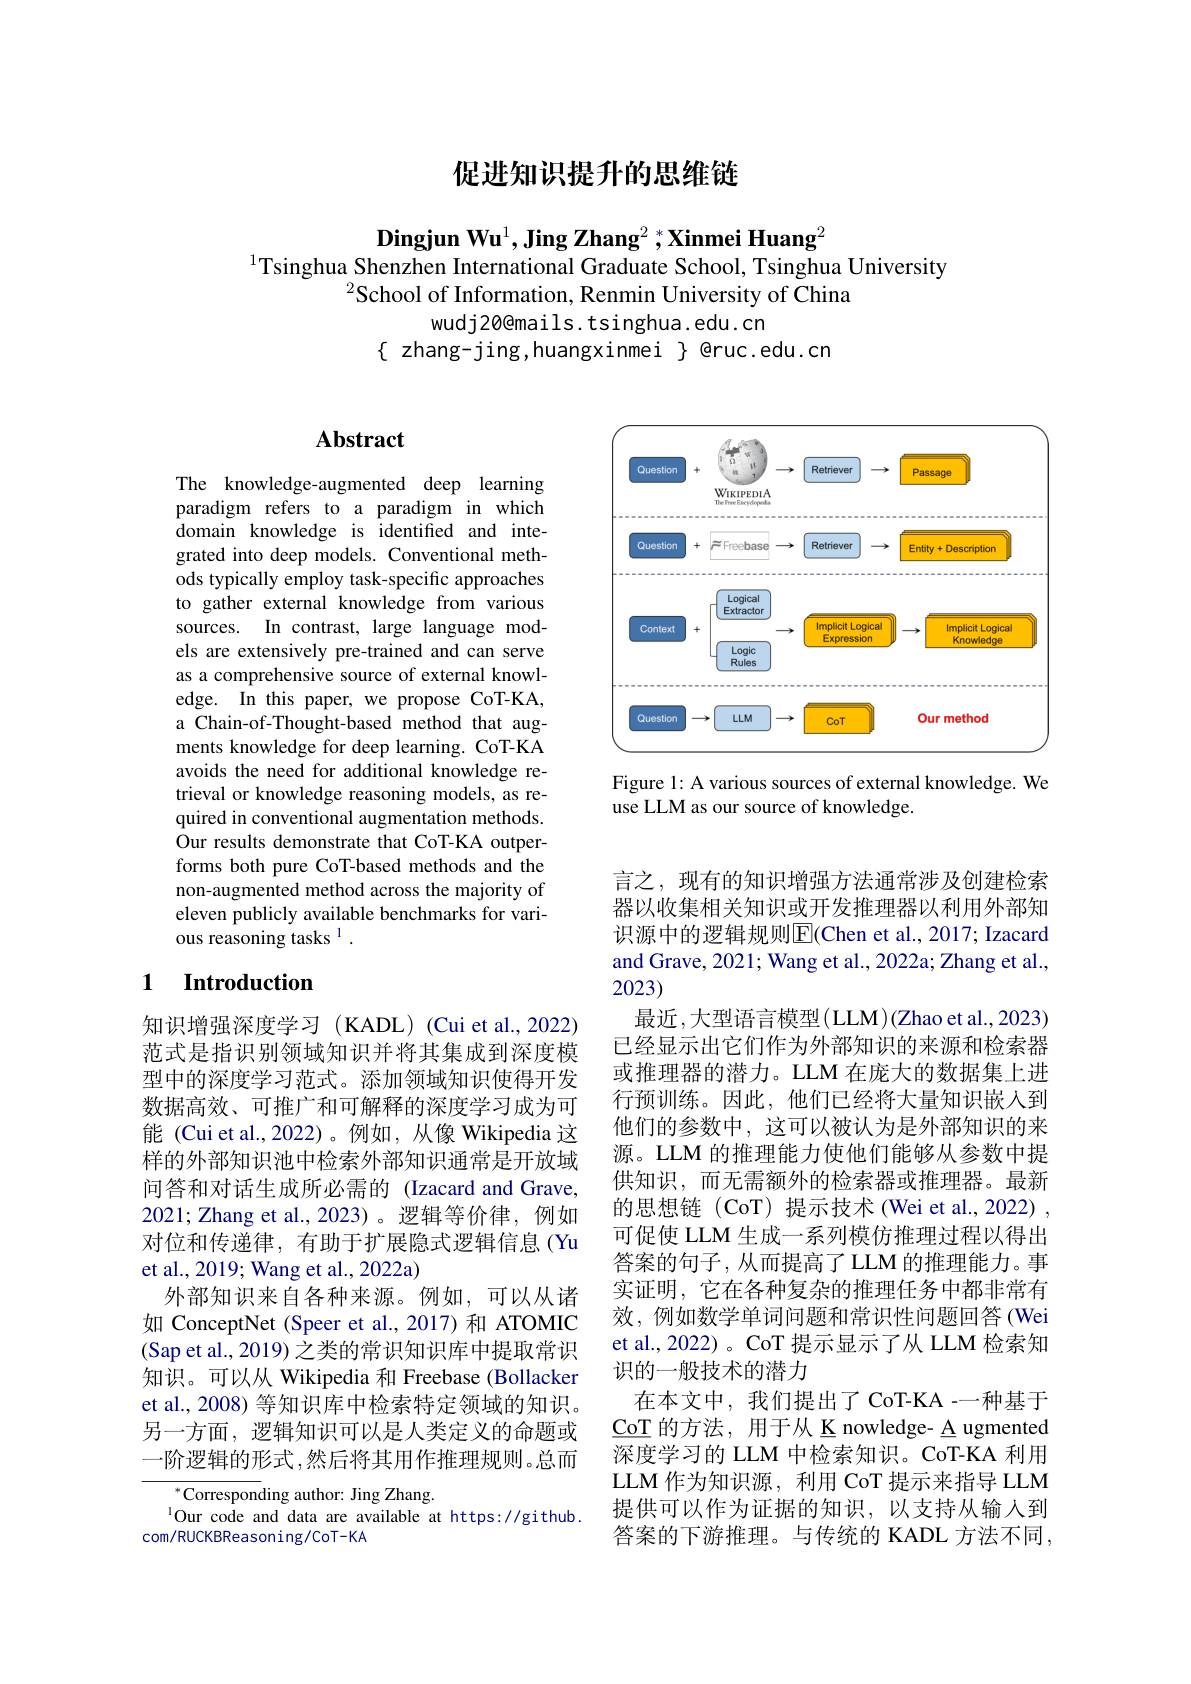
## 促进知识提升的思维链

$\textbf{Dingjun Wu}^1,\textbf{Jing Zhang}^2,{}^*\textbf{Xinmei Huang}^2$
$^{1}$Tsinghua Shenzhen International Graduate School, Tsinghua University
$^{2}$School of Information, Renmin University of China
wudj20@mails.tsinghua.edu.cn
$\{$ zhang-jing,huangxinmei $\}$ @ruc.edu.cn

# Abstract

The knowledge-augmented deep learning paradigm refers to a paradigm in which domain knowledge is identified and integrated into deep models. Conventional methods typically employ task-specific approaches to gather external knowledge from various sources. In contrast, large language models are extensively pre-trained and can serve as a comprehensive source of external knowledge. In this paper, we propose CoT-KA, a Chain-of-Thought-based method that augments knowledge for deep learning. CoT-KA avoids the need for additional knowledge retrieval or knowledge reasoning models, as required in conventional augmentation methods. Our results demonstrate that CoT-KA outperforms both pure CoT-based methods and the non-augmented method across the majority of eleven publicly available benchmarks for various reasoning tasks $^1.$

## 1 $\textbf{Introduction}$

知识增强深度学习 (KADL) (Cui et al., 2022) 范式是指识别领域知识并将其集成到深度模型中的深度学习范式。添加领域知识使得开发数据高效、可推广和可解释的深度学习成为可能 (Cui et al.,2022)。例如，从像 Wikipedia 这样的外部知识池中检索外部知识通常是开放域问答和对话生成所必需的 (Izacard and Grave, 2021; Zhang et al.,2023)。逻辑等价律，例如对位和传递律，有助于扩展隐式逻辑信息(Yu et al., 2019; Wang et al., 2022a)
外部知识来自各种来源。例如，可以从诸如 ConceptNet (Speer et al.,2017)和 ATOMIC (Sap et al., 2019) 之类的常识知识库中提取常识知识。可以从 Wikipedia 和 Freebase (Bollacker et al., 2008) 等知识库中检索特定领域的知识。另一方面，逻辑知识可以是人类定义的命题或一阶逻辑的形式，然后将其用作推理规则。总而

${^*\text{Correspon}}$ding author: Jing Zhang.
$^{1}\dot{\text{Our code and data are available at https://github.}}$
com/RUCKBReasoning/COT-KA

<FigureHere>

Figure 1: A various sources of external knowledge. We
use LLM as our source of knowledge.

言之，现有的知识增强方法通常涉及创建检索器以收集相关知识或开发推理器以利用外部知识源中的逻辑规则$\overline{\mathrm{E}}($Chen et al., 2017; Izacard and Grave, 2021; Wang et al., 2022a; Zhang et al., 2023)
最近，大型语言模型(LLM)(Zhao et al., 2023) 已经显示出它们作为外部知识的来源和检索器或推理器的潜力。LLM 在庞大的数据集上进行预训练。因此，他们已经将大量知识嵌入到他们的参数中，这可以被认为是外部知识的来源。LLM 的推理能力使他们能够从参数中提供知识，而无需额外的检索器或推理器。最新的思想链 (CoT) 提示技术 (Wei et al.,2022) , 可促使 LLM 生成一系列模仿推理过程以得出答案的句子，从而提高了LLM 的推理能力。事实证明，它在各种复杂的推理任务中都非常有效，例如数学单词问题和常识性问题回答(Wei et al.,2022) 。CoT 提示显示了从 LLM 检索知识的一般技术的潜力
在本文中，我们提出了CoT-KA -一种基于$\underline{\mathrm{CoT}}$的方法，用于从 K nowledge- A ugmented 深度学习的 LLM 中检索知识。CoT-KA 利用LLM 作为知识源，利用 CoT 提示来指导 LLM 提供可以作为证据的知识，以支持从输入到答案的下游推理。与传统的 KADL 方法不同